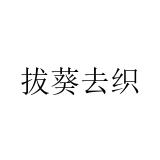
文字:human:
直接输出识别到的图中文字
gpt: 拔葵去织